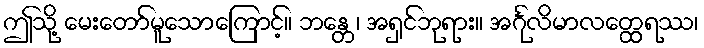
ဤသို့ မေးတော်မူသောကြောင့်။ ဘန္တေ၊ အရှင်ဘုရား။ အင်္ဂုလိမာလတ္ထေရဿ၊